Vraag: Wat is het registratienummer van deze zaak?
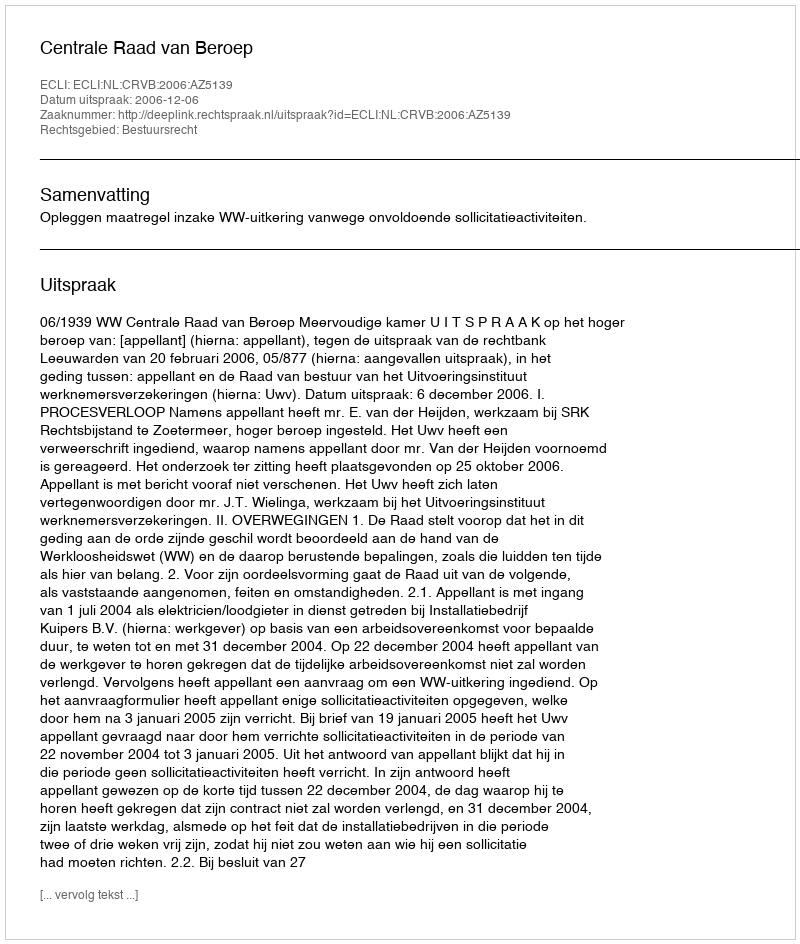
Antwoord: http://deeplink.rechtspraak.nl/uitspraak?id=ECLI:NL:CRVB:2006:AZ5139